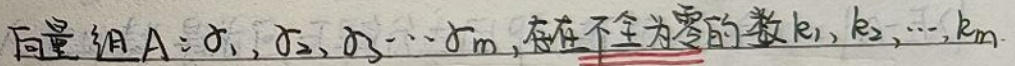
向量组$A:\alpha_1,\alpha_2,\alpha_3,\cdots,\alpha_m$，存在不全为零的数$k_1,k_2,\cdots,k_m$